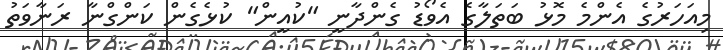
މިއަހަރުގެ އެންމެ މޮޅު ބަތަލާގެ އެވޯޑު ގެންދާނީ "ކުއީން" ކުޅެގެން ކަންގްނާ ރަނާވަތު